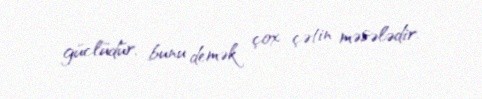
güclüdür, bunu demək çox çətin məsələdir.